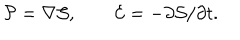
{ \cal P } = \nabla { \cal S } , \qquad { \cal E } = - \partial { \cal S } / \partial t .